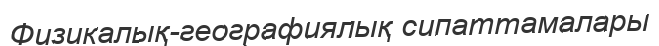
Физикалық-географиялық сипаттамалары